Annual report of the Punjab Veterinary College and of the Civil Veterinary Department, Punjab - 1920-1925
Year: 1920
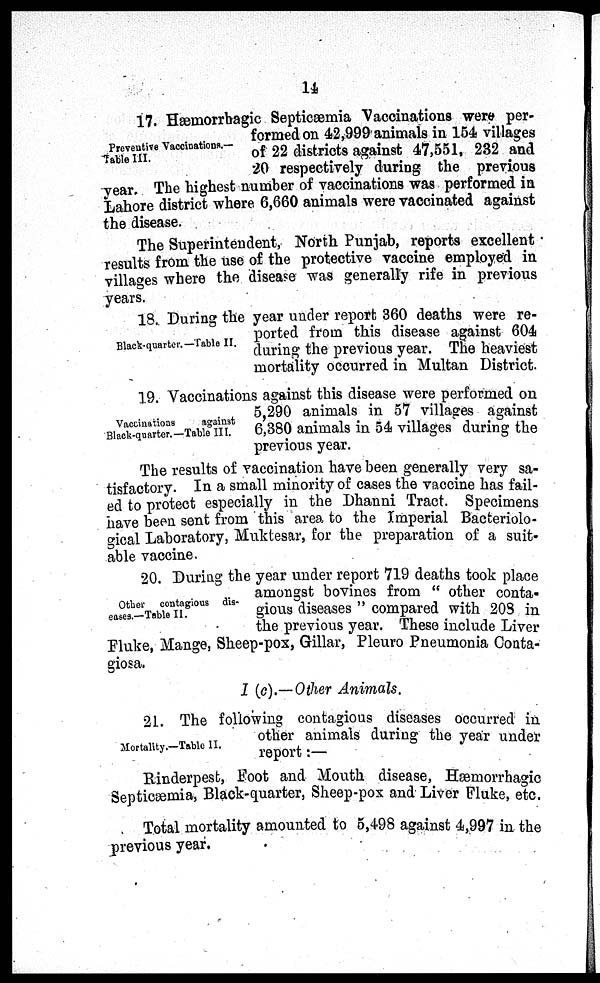
14
Preventive Vaccinations.—
Table III.
17. Hæmorrhagic Septicæmia Vaccinations were per-
formed on 42,999 animals in 154 villages
of 22 districts against 47,551, 232 and
20 respectively during the previous
year. The highest number of vaccinations was performed in
Lahore district where 6,660 animals were vaccinated against
the disease.
The Superintendent, North Punjab, reports excellent
results from the use of the protective vaccine employed in
villages where the disease was generally rife in previous
years.
Black-quarter.—Table II.
18. During the year under report 360 deaths were re-
ported from this disease against 604
during the previous year. The heaviest
mortality occurred in Multan District.
Vactinations
against
Black-quarter.—Table III.
19. Vaccinations against this disease were performed on
5,290 animals in 57 villages against
6,380 animals in 54 villages during the
previous year.
The results of vaccination have been generally very sa-
tisfactory. In a small minority of cases the vaccine has fail-
ed to protect especially in the Dhanni Tract. Specimens
have been sent from this area to the Imperial Bacteriolo-
gical Laboratory, Muktesar, for the preparation of a suit-
able vaccine.
Other contagious dis-
eases.—Table II.
20. During the year under report 719 deaths took place
amongst bovines from "other conta-
gious diseases" compared with 203 in
the previous year. These include Liver
Fluke, Mange, Sheep-pox, Gillar, Pleuro Pneumonia Conta-
giosa.
I (c).—Other Animals.
Mortality.—Table II.
21. The following contagious diseases occurred in
other animals during the year under
report:—
Rinderpest, Foot and Mouth disease, Hæmorrhagic
Septicæmia, Black-quarter, Sheep-pox and Liver Fluke, etc.
Total mortality amounted to 5,498 against 4,997 in the
previous year.